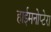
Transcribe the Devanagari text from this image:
हाईमनोप्टेरा